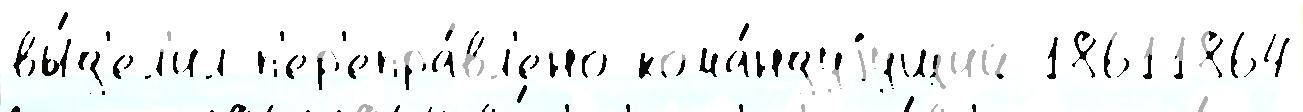
вы́д'ел'ил п'ер'епра́вл'ено кома́ндуjущий 18611864